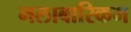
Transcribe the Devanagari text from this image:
मलाबारिकम